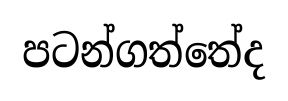
පටන්ගත්තේද